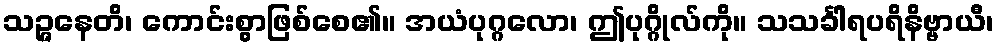
သဉ္ဇနေတိ၊ ကောင်းစွာဖြစ်စေ၏။ အယံပုဂ္ဂလော၊ ဤပုဂ္ဂိုလ်ကို။ သသင်္ခါရပရိနိဗ္ဗာယီ၊